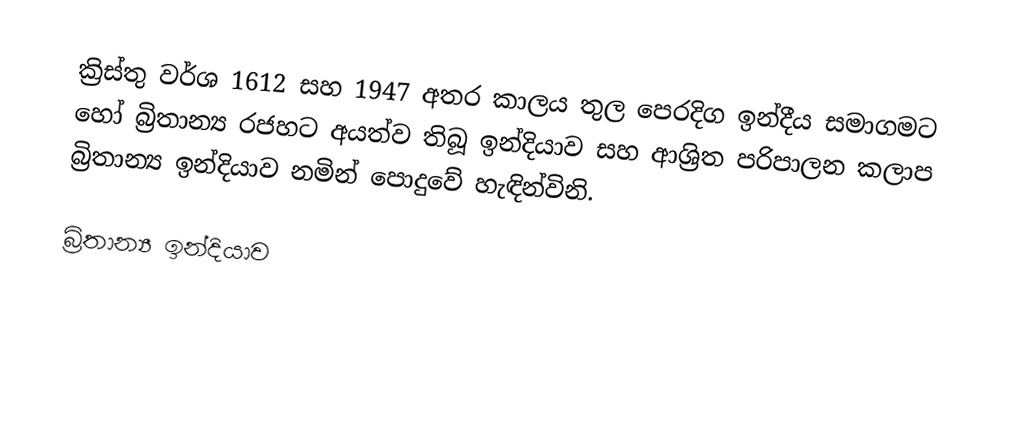
ක්‍රිස්තු වර්ශ 1612 සහ 1947 අතර කාලය තුල පෙරදිග ඉන්දීය සමාගමට හෝ බ්‍රිතාන්‍ය රජහට අයත්ව තිබූ ඉන්දියාව සහ ආශ්‍රිත පරිපාලන කලාප බ්‍රිතාන්‍ය ඉන්දියාව නමින් පොදුවේ හැඳින්විනි.

බ්‍රිතාන්‍ය ඉන්දියාව